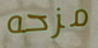
مزحه